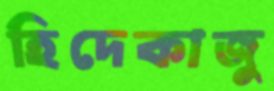
হিদেকাজু